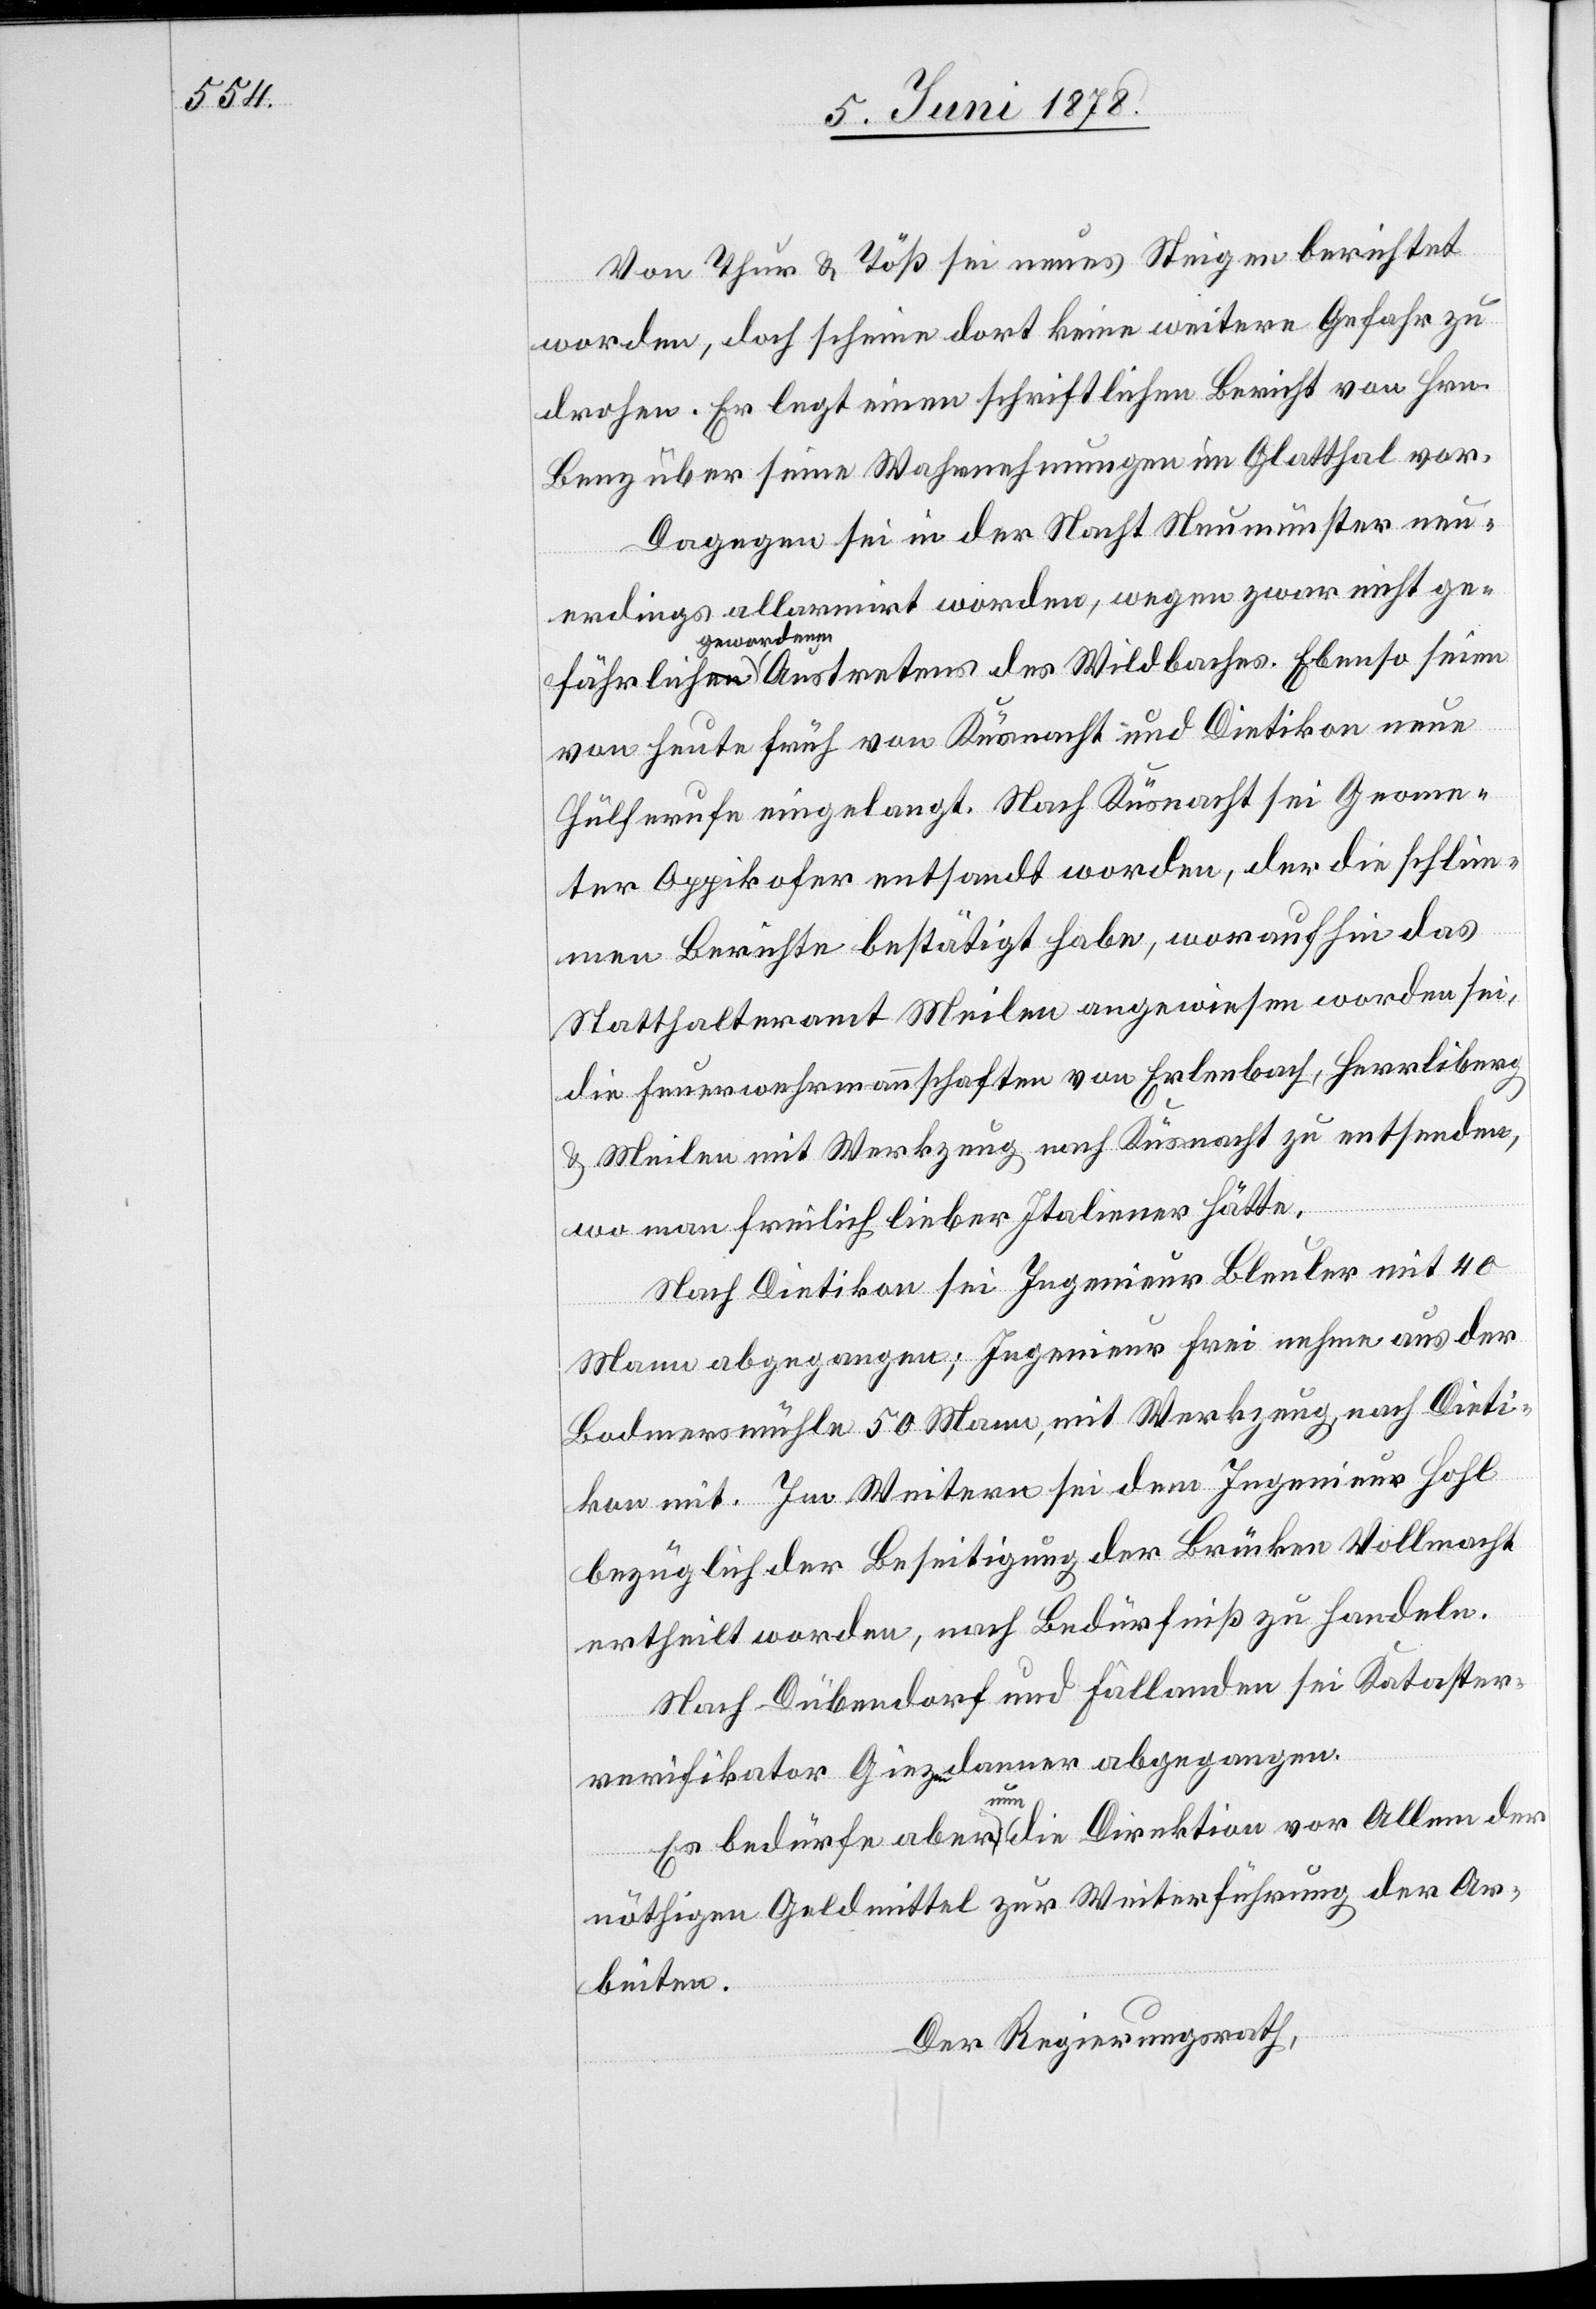
Von Thur & Töß sei neues Steigen berichtet
Ebenso seien
worden, doch scheine dort keine weitere Gefahr zu
drohen. Er legt einen schriftlichen Bericht von Hrn.
Benz über seine Wahrnehmungen im Glatthal vor.
Dagegen sei in der Nacht Neumünster neu¬
erdings allarmirt worden, wegen zwar nicht ge¬
gewordenen
des
von heute früh von Küsnacht und Dietikon neue
Hülferufe eingelangt. Nach Küsnacht sei Geome¬
ter Oppikofer entsandt worden, der die schlim¬
men Berichte bestätigt habe, worauf hin das
Statthalteramt Meilen angewiesen worden sei,
die Feuerwehrmannschaften von Erlenbach, Herrliberg
& Meilen mit Werkzeug nach Küsnacht zu entsenden,
wo man freilich lieber Italiener hätte.
Nach Dietikon sei Ingenieur Bleuler mit 40
Mann abgegangen; Ingenieur Frei nehme aus der
Bodmersmühle 50 Mann, mit Werkzeug, nach Dieti¬
kon mit. Im Weitern sei dem Ingenieur Hohl
bezüglich der Beseitigung der Brücken Vollmacht
ertheilt worden, nach Bedürfniß zu handeln.
Nach Dübendorf und Fällanden sei Kataster¬
verifikator Giezendanner abgegangen.
Es bedürfe aber nun die Direktion vor Allem der
nöthigen Geldmittel zur Weiterführung der Ar¬
beiten.
Der Regierungsrath,